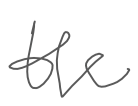
Text: the
Cross-out: clean
Writing tool: digital_gray